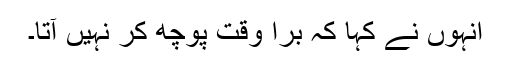
انہوں نے کہا کہ برا وقت پوچھ کر نہیں آتا۔